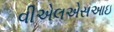
વીએલએસઆઇ